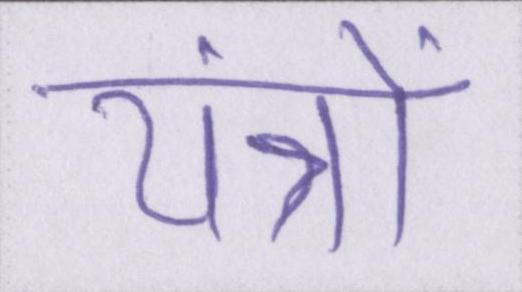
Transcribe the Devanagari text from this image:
यंत्रों